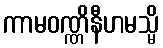
ကာမဝဏ္ဏိနီဟမသ္မိ